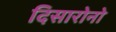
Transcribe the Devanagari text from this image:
दिसारोनो